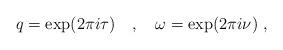
LaTeX: \begin{align*}q = \exp ( 2 \pi i \tau ) ~~~ , ~~~ \omega = \exp ( 2 \pi i \nu ) ~,\end{align*}